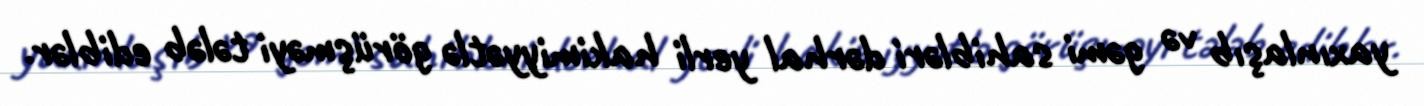
yaxınlaşıb və gəmi sahibləri dərhal yerli hakimiyyətlə görüşməyi tələb ediblər.